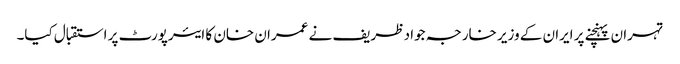
تہران پہنچنے پر ایران کے وزیر خارجہ جواد ظریف نے عمران خان کا ایئرپورٹ پر استقبال کیا۔